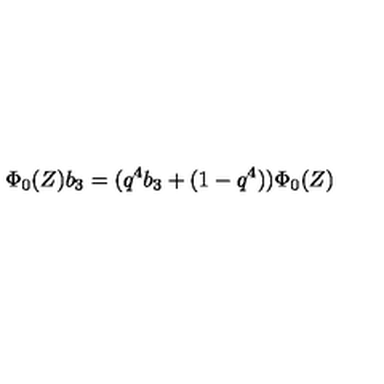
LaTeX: \Phi _ { 0 } ( Z ) b _ { 3 } = ( q ^ { 4 } b _ { 3 } + ( 1 - q ^ { 4 } ) ) \Phi _ { 0 } ( Z )